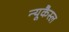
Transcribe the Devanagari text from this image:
न्यूकैस्ल